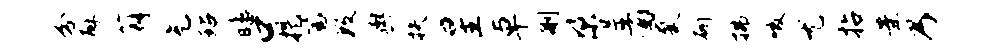
分酥薜充玷皤口提篇数舆扶星卓删梁呈酒聚斫拂啜尤拈案乃